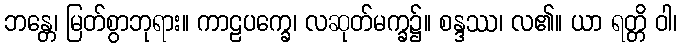
ဘန္တေ၊ မြတ်စွာဘုရား။ ကာဠပက္ခေ၊ လဆုတ်မက္ခ၌။ စန္ဒဿ၊ လ၏။ ယာ ရတ္တိ ဝါ၊